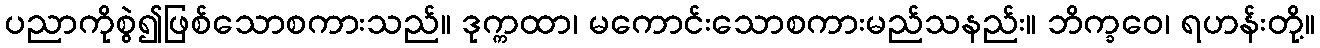
ပညာကိုစွဲ၍ဖြစ်သောစကားသည်။ ဒုက္ကထာ၊ မကောင်းသောစကားမည်သနည်း။ ဘိက္ခဝေ၊ ရဟန်းတို့။